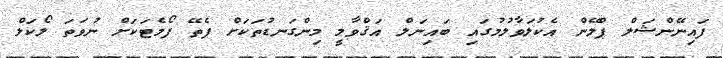
ފައިނޭންޝަލް ޕްލޭން އެކުލަވާލުމުގައި ބައިނަލް އަޤްވާމީ މިންގަނޑުތަކަށް ފެތޭ ފޯމެޓަކަށް ނުވަތަ ލޯކަލް